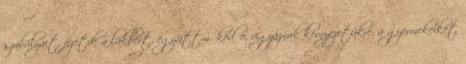
szabályait, fizetik a lakbért, együttműködőe, vigyáznak környezetükre, a gyermekeiket